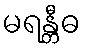
မရန္တီဓ